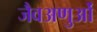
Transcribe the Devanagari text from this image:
जैवअणुओं